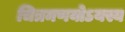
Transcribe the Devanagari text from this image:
चित्रमणयोऽयस्य